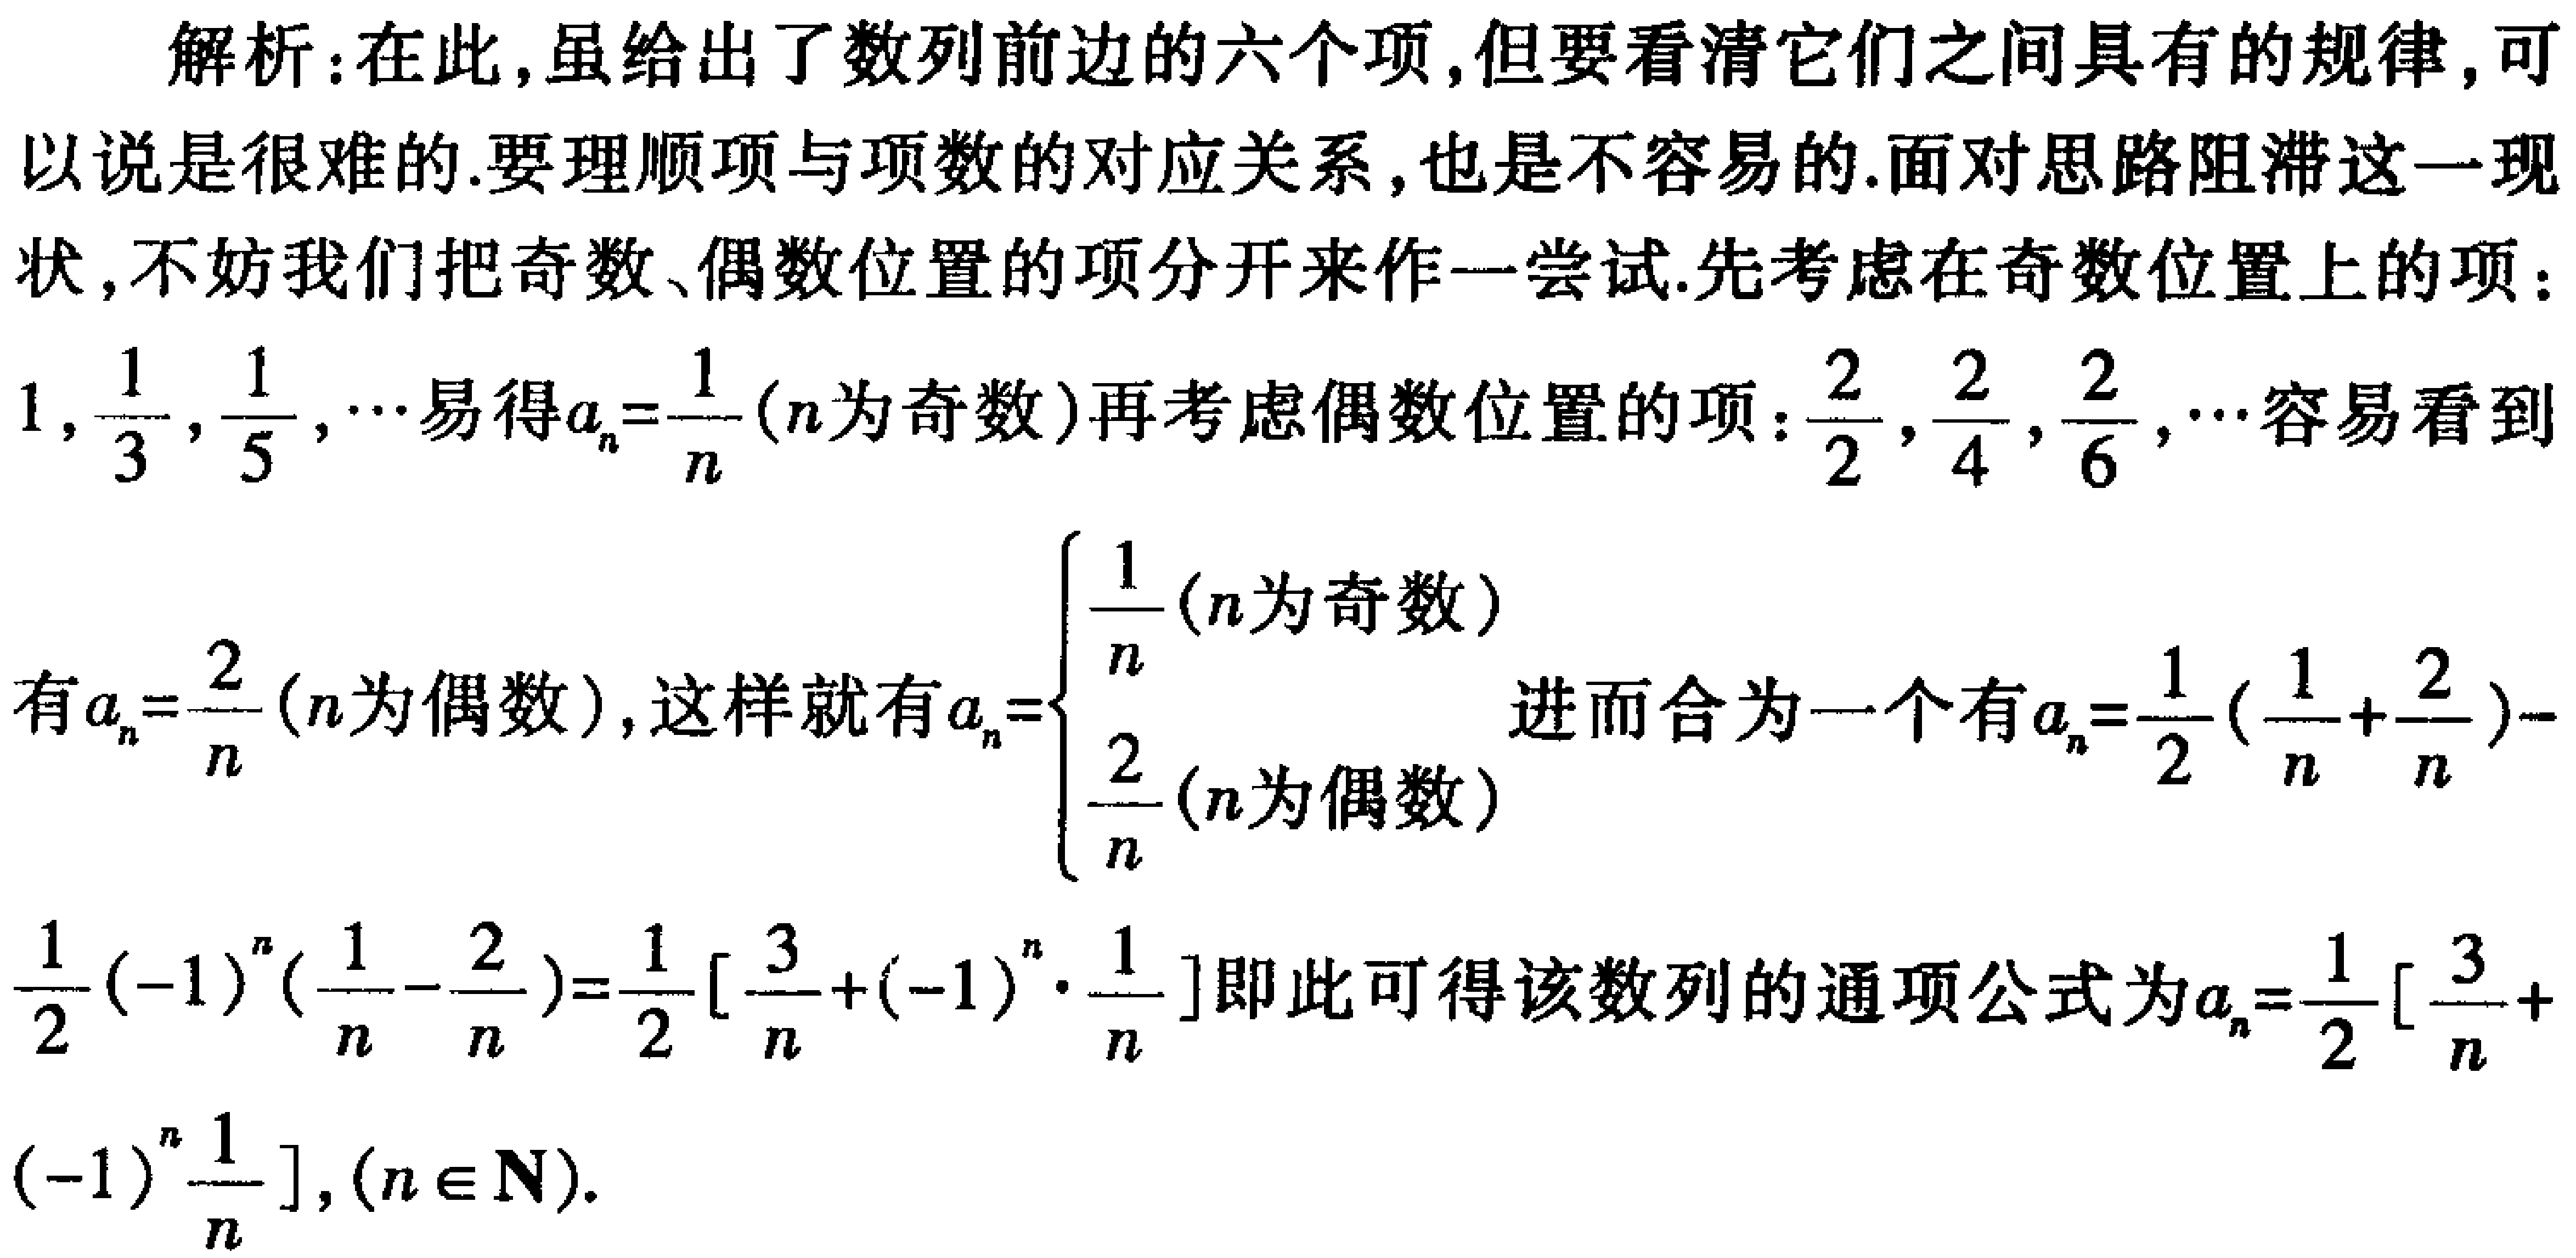
解析：在此,虽给出了数列前边的六个项,但要看清它们之间具有的规律,可以说是很难的.要理顺项与项数的对应关系,也是不容易的.面对思路阻滞这一现状,不妨我们把奇数、偶数位置的项分开来作一尝试.先考虑在奇数位置上的项：
\(1,\frac{1}{3},\frac{1}{5},\cdots\)易得\(a_{n}=\frac{1}{n}\) (\(n\)为奇数)再考虑偶数位置的项：\(\frac{2}{2},\frac{2}{4},\frac{2}{6},\cdots\)容易看到
有\(a_{n}=\frac{2}{n}\) (\(n\)为偶数),这样就有\(a_{n}=
\begin{cases}
\frac{1}{n} & (n为奇数) \\
\frac{2}{n} & (n为偶数)
\end{cases}\)进而合为一个有\(a_{n}=\frac{1}{2}(\frac{1}{n}+\frac{2}{n}) -
\frac{1}{2}(-1)^{n}(\frac{1}{n}-\frac{2}{n})=\frac{1}{2}[\frac{3}{n}+(-1)^{n}\cdot\frac{1}{n}]\)即此可得该数列的通项公式为\(a_{n}=\frac{1}{2}[\frac{3}{n}+
(-1)^{n}\frac{1}{n}],(n\in \mathbf{N})\).